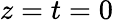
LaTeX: z=t=0